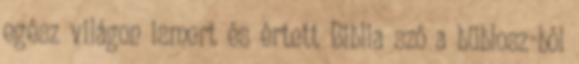
egész világon ismert és értett Biblia szó a büblosz-ból